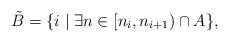
LaTeX: \begin{align*} \tilde{B} = \{ i \mid \exists n \in [n_i, n_{i + 1})\cap A\},\end{align*}